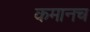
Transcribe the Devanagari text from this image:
कमानच